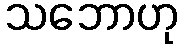
သဘောဟု